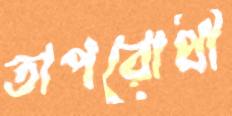
তাপরোধী